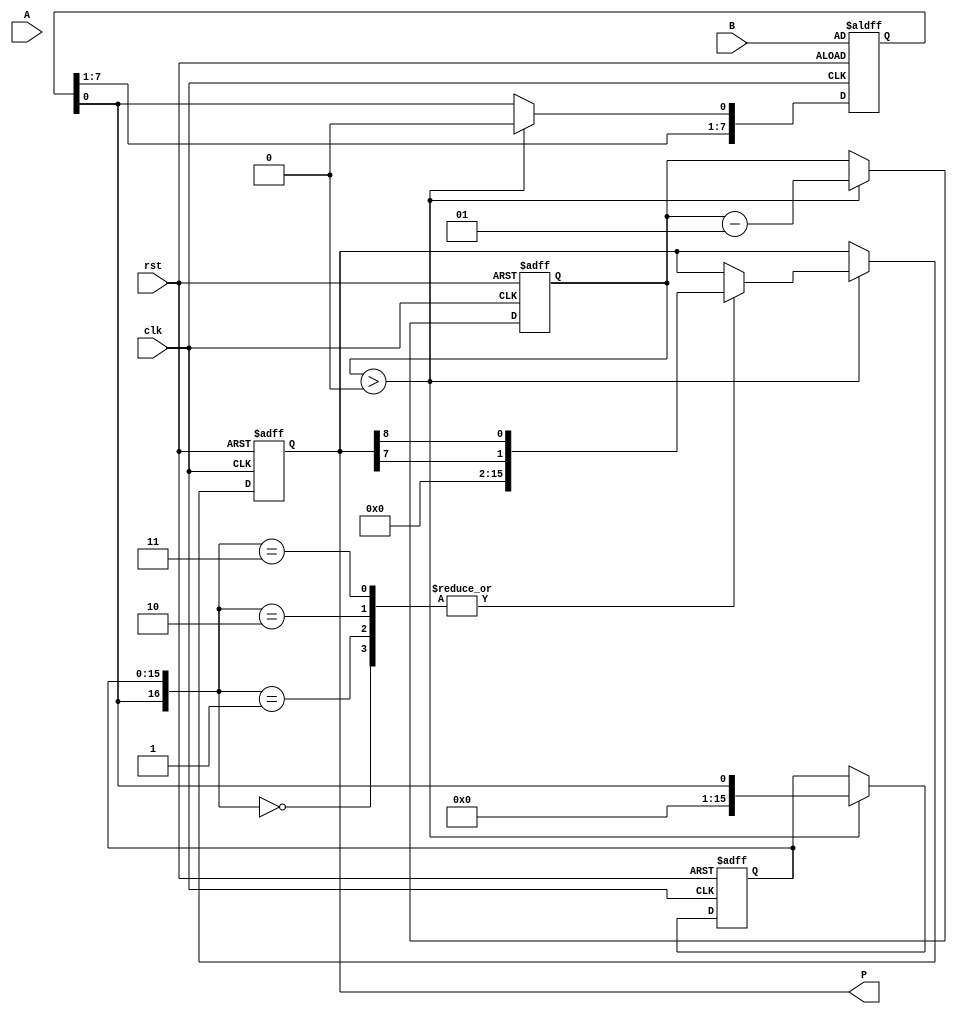
module booth_multiplier #(
    parameter N = 8  // Number of bits for A and B
)(
    input signed [N-1:0] A,  // Multiplicand
    input signed [N-1:0] B,  // Multiplier
    output reg signed [2*N-1:0] P, // Product
    input clk,               // Clock signal
    input rst                // Reset signal
);

    reg signed [N-1:0] M;     // Multiplicand
    reg signed [N-1:0] Q;     // Multiplier
    reg signed [2*N-1:0] Q_1;  // Previous bit of Q, initialized to 0
    reg signed [2*N-1:0] A_neg; // Negative of A for subtraction
    integer count;

    // Initialize registers
    always @(posedge clk or posedge rst) begin
        if (rst) begin
            P <= 0;
            M <= A;
            Q <= B;
            Q_1 <= 0;
            count <= N; // Set count to the number of bits in multiplier
            A_neg <= -A; // Compute negative of A
        end else if (count > 0) begin
            case ({Q[0], Q_1})
                2'b00: begin
                    // No action, right shift
                    {P, Q} <= {P[N-1], P[N-1:N], Q[N-1:1]}; // arithmetic right shift
                end
                2'b01: begin
                    // Add M to P
                    P <= P + M;
                    // Right shift
                    {P, Q} <= {P[N-1], P[N-1:N], Q[N-1:1]}; // arithmetic right shift
                end
                2'b10: begin
                    // Subtract M from P
                    P <= P + A_neg;
                    // Right shift
                    {P, Q} <= {P[N-1], P[N-1:N], Q[N-1:1]}; // arithmetic right shift
                end
                2'b11: begin
                    // No action, right shift
                    {P, Q} <= {P[N-1], P[N-1:N], Q[N-1:1]}; // arithmetic right shift
                end
            endcase

            // Update Q_1 to the previous Q[0]
            Q_1 <= Q[0];
            // Update Q for the next iteration
            Q <= {Q[N-1:1], 1'b0}; // Shift Q left for next iteration
            count <= count - 1; // Decrement count
        end
    end

endmodule